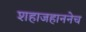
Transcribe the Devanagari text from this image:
शहाजहाननेच